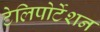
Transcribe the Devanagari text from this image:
टेलिपोर्टेशन